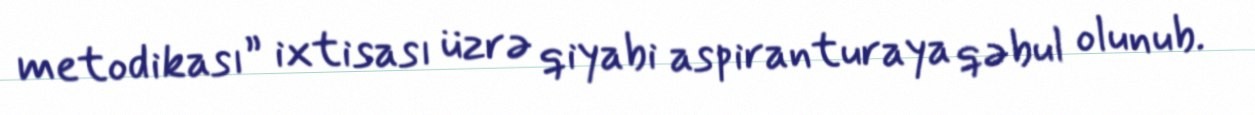
metodikası” ixtisası üzrə qiyabi aspiranturaya qəbul olunub.